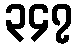
၃၄၇